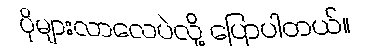
ပိုများလာလေပဲလို့ ပြောပါတယ်။